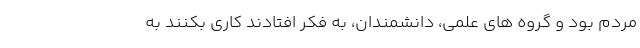
مردم بود و گروه های علمی، دانشمندان، به فکر افتادند کاری بکنند به